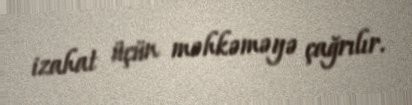
izahat üçün məhkəməyə çağrılır.